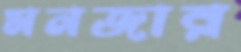
মনজার